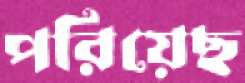
পরিয়েছ